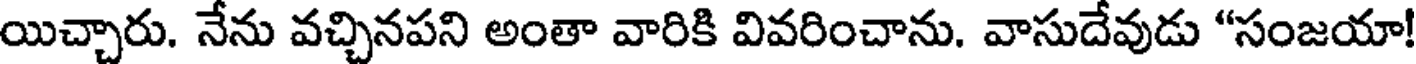
యిచ్చారు. నేను వచ్చినపని అంతా వారికి వివరించాను. వాసుదేవుడు "సంజయా